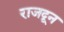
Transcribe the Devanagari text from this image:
राजदून